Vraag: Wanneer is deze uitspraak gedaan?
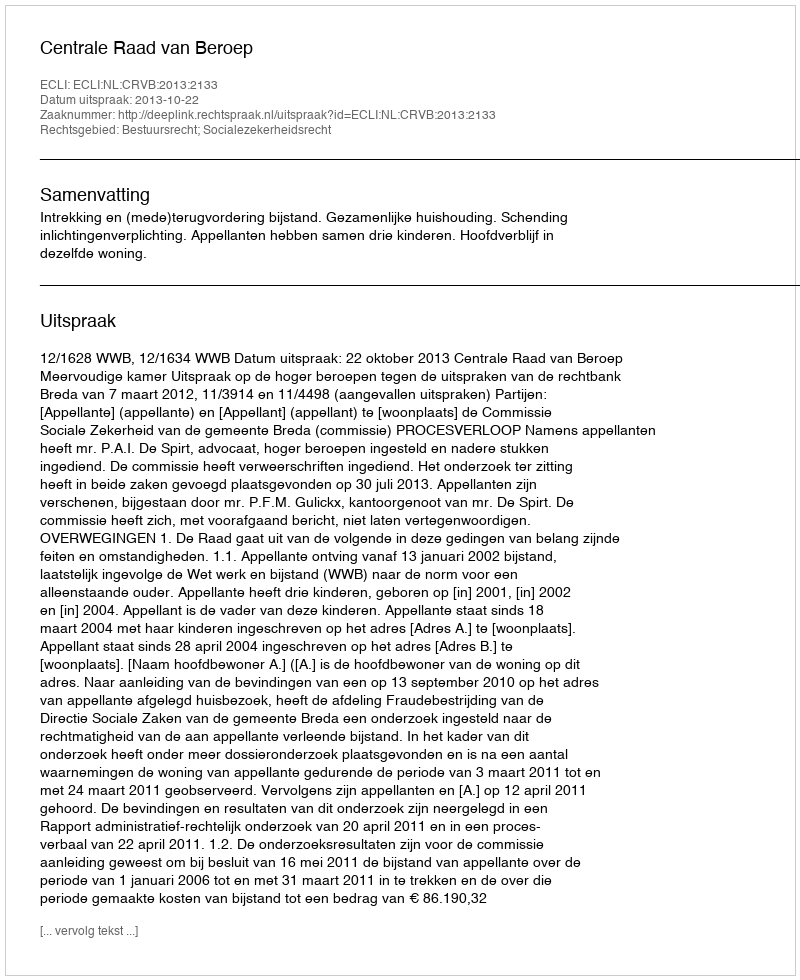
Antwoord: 2013-10-22